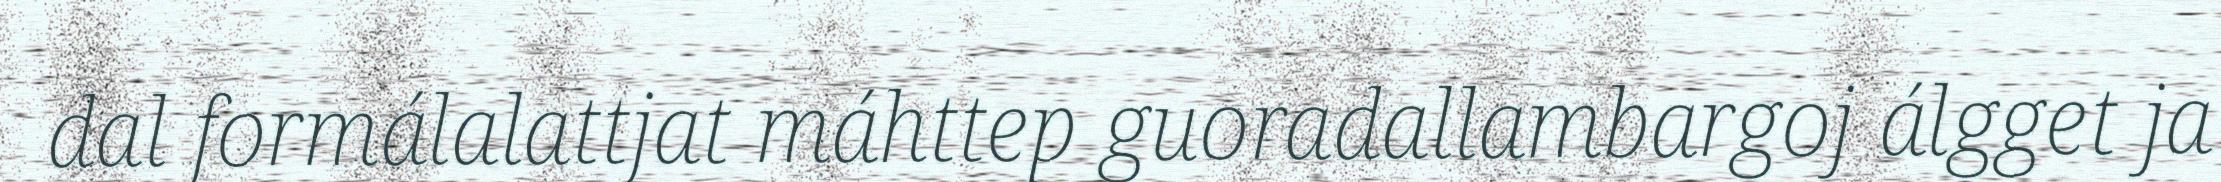
dal formálalattjat máhttep guoradallambargoj álgget ja